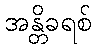
အန္တိခရစ်